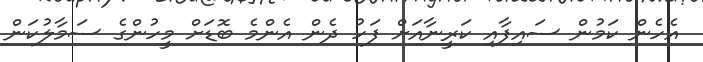
އެހެން ކަމުން ސައިފާއި ކަރީނާއަށް ފަހު ދެން އެންމެ ބޮޑަށް މީހުންގެ ސަމާލުކަން